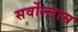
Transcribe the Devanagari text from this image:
सर्वोल्लास